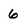
Character: 6